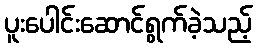
ပူးပေါင်းဆောင်ရွက်ခဲ့သည့်